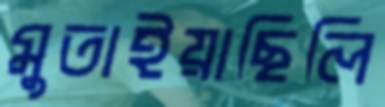
মুতাইয়াছিলি